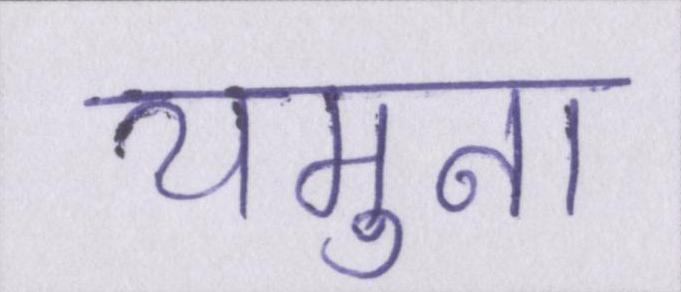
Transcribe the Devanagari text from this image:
यमुना